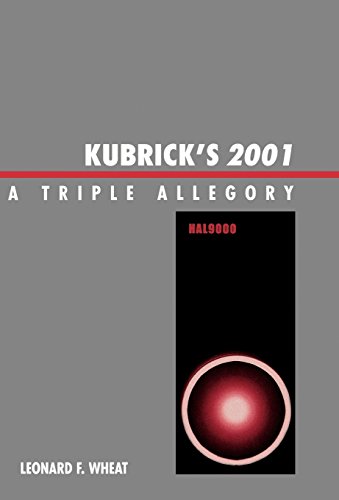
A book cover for Kubrick's 2001: A Triple Allegory; Leonard F. Wheat; Humor & Entertainment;